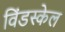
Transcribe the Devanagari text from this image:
विंडस्केल